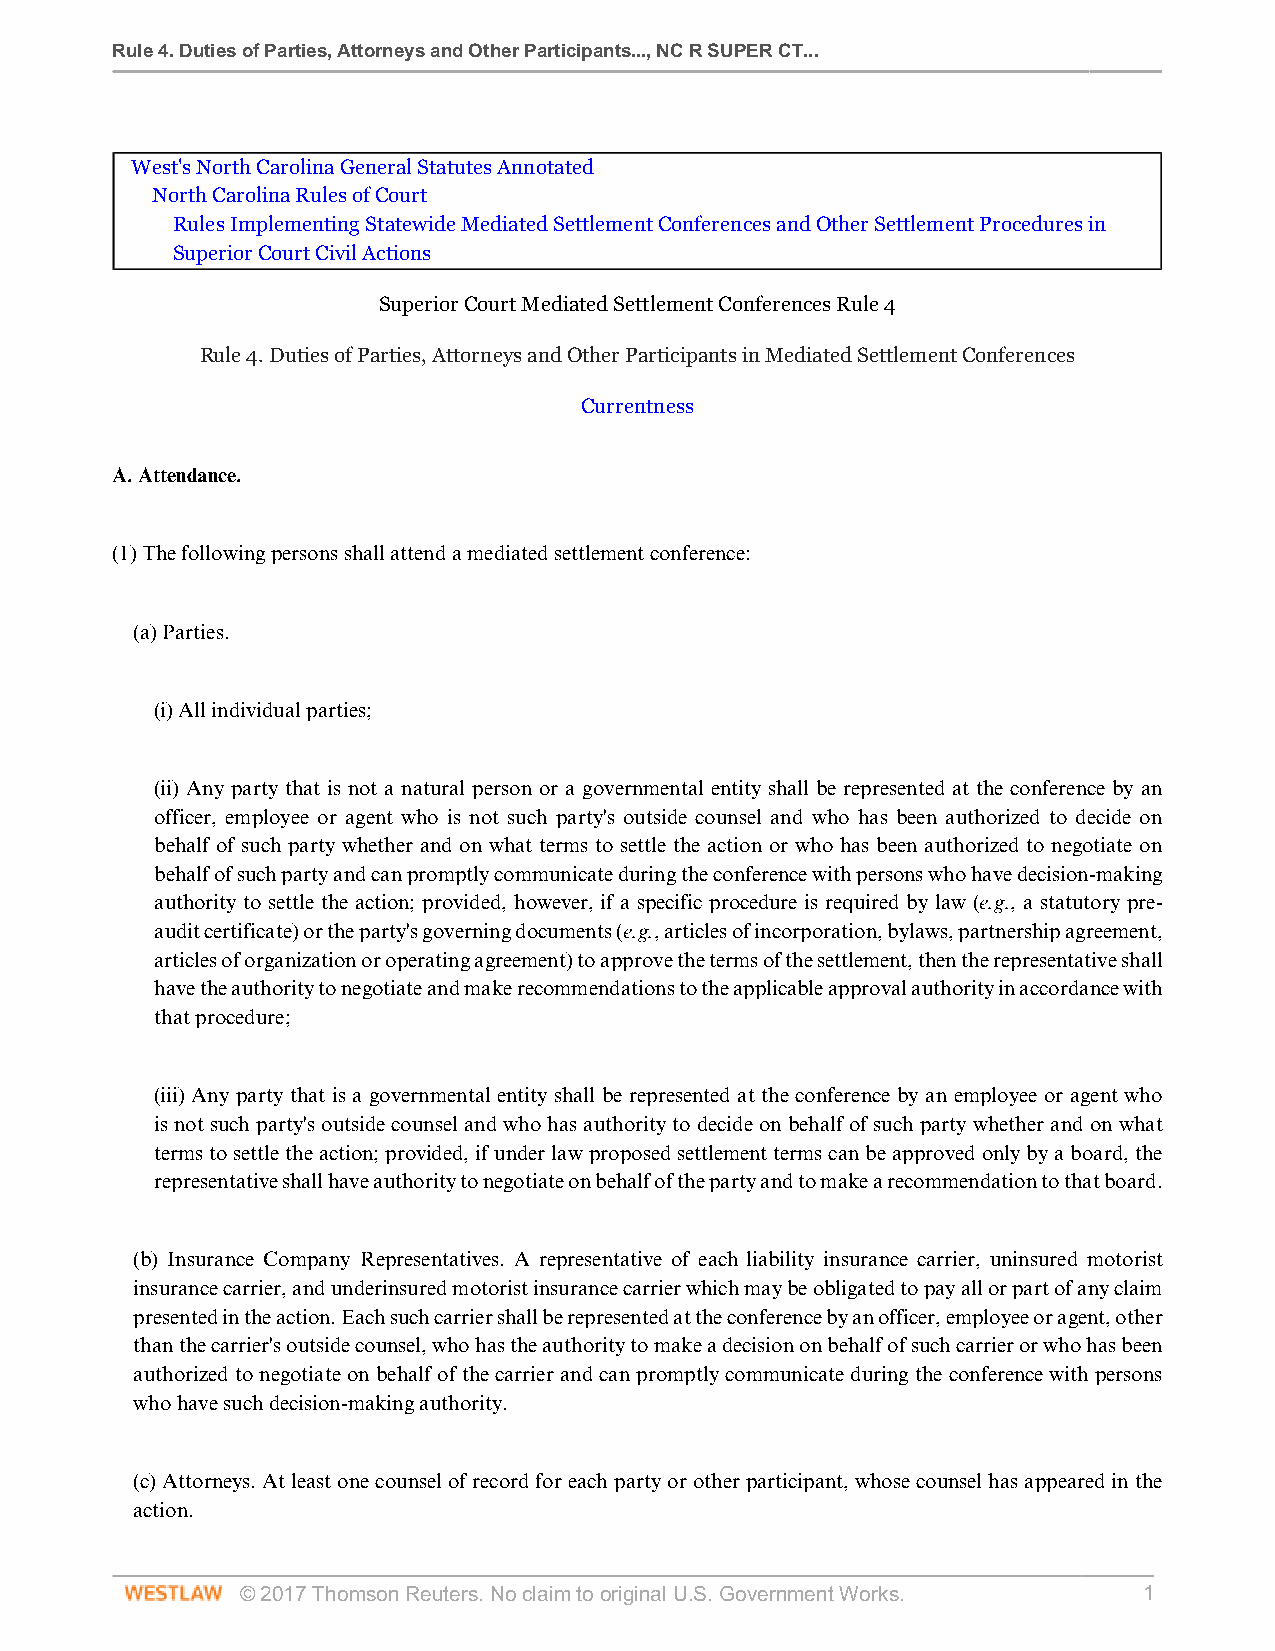
Rule 4. Duties of Parties, Attorneys and Other Participants..., NC R SUPER CT...
 West's North Carolina General Statutes Annotated
 North Carolina Rules of Court
 Rules Implementing Statewide Mediated Settlement Conferences and Other Settlement Procedures in
 Superior Court Civil Actions
 Superior Court Mediated Settlement Conferences Rule 4
 Rule 4. Duties of Parties, Attorneys and Other Participants in Mediated Settlement Conferences
 Currentness
 A. Attendance.
 (1) The following persons shall attend a mediated settlement conference:
 (a) Parties.
 (i) All individual parties;
 (ii) Any party that is not a natural person or a governmental entity shall be represented at the conference by an
 officer, employee or agent who is not such party's outside counsel and who has been authorized to decide on
 behalf of such party whether and on what terms to settle the action or who has been authorized to negotiate on
 behalf of such party and can promptly communicate during the conference with persons who have decision-making
 authority to settle the action; provided, however, if a specific procedure is required by law (e.g., a statutory pre-
 audit certificate) or the party's governing documents (e.g., articles of incorporation, bylaws, partnership agreement,
 articles of organization or operating agreement) to approve the terms of the settlement, then the representative shall
 have the authority to negotiate and make recommendations to the applicable approval authority in accordance with
 that procedure;
 (iii) Any party that is a governmental entity shall be represented at the conference by an employee or agent who
 is not such party's outside counsel and who has authority to decide on behalf of such party whether and on what
 terms to settle the action; provided, if under law proposed settlement terms can be approved only by a board, the
 representative shall have authority to negotiate on behalf of the party and to make a recommendation to that board.
 (b) Insurance Company Representatives. A representative of each liability insurance carrier, uninsured motorist
 insurance carrier, and underinsured motorist insurance carrier which may be obligated to pay all or part of any claim
 presented in the action. Each such carrier shall be represented at the conference by an officer, employee or agent, other
 than the carrier's outside counsel, who has the authority to make a decision on behalf of such carrier or who has been
 authorized to negotiate on behalf of the carrier and can promptly communicate during the conference with persons
 who have such decision-making authority.
 (c) Attorneys. At least one counsel of record for each party or other participant, whose counsel has appeared in the
 action.
 © 2017 Thomson Reuters. No claim to original U.S. Government Works. 1